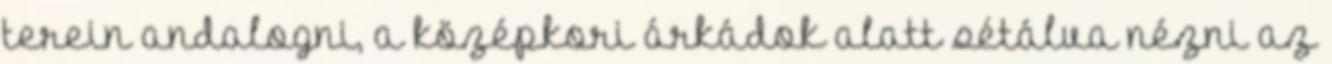
terein andalogni, a középkori árkádok alatt sétálva nézni az